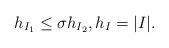
LaTeX: \begin{align*} h_{I_1} \leq \sigma h_{I_2}, h_I = |I|.\end{align*}